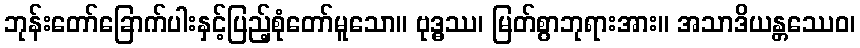
ဘုန်းတော်ခြောက်ပါးနှင့်ပြည့်စုံတော်မူသော။ ဗုဒ္ဓဿ၊ မြတ်စွာဘုရားအား။ အသာဒိယန္တဿေဝ၊